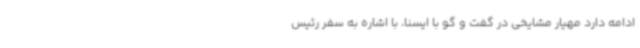
ادامه دارد مهیار مشایخی در گفت و گو با ایسنا، با اشاره به سفر رئیس